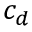
c _ { d }